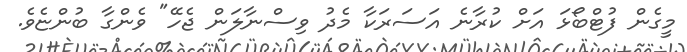
މީގެން ފުޓްބޯޅަ އަށް ކުރާނެ އަސަރަކާ މެދު ވިސްނާލަން ޖެހޭ" ވެންގާ ބުންޏެވެ.